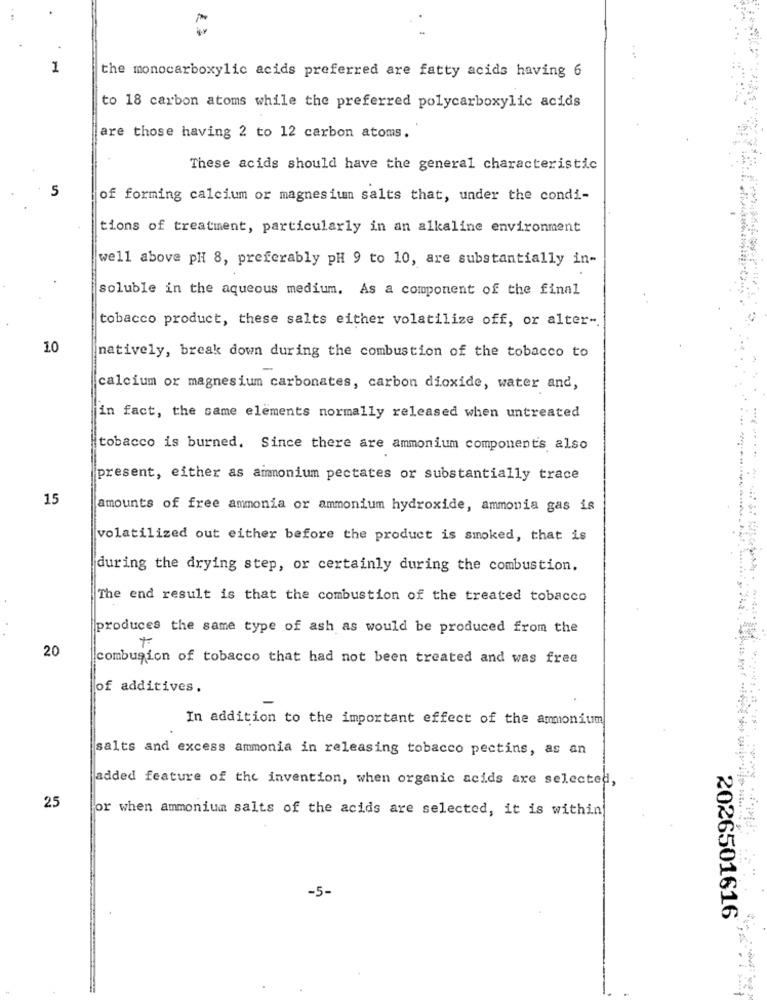
1
the monocarboxylic acids preferred are fatty acids having 6
to 18 carbon atoms while the preferred polycarboxylic acids
are those having 2 to 12 carbon atoms.
These acids should have the general characteristic
5
of forming calcium or magnesiumn salts that, under the condi-
tions of treatment, particularly in an alkaline environment
well above pH 8, preferably pH 9 to 10, are substantially in-
soluble in the aqueous medium. As a component of the final
tobacco product, these salts either volatilize off, or alter -.
10
natively, break down during the combustion of the tobacco to
calcium or magnesium carbonates, carbon dioxide, water and,
in fact, the same elements normally released when untreated
tobacco is burned. Since there are ammonium components also
present, either as ammonium pectates or substantially trace
15
amounts of free ammonia or ammonium hydroxide, ammonia gas is
volatilized out either before the product is smoked, that is
during the drying step, or certainly during the combustion.
The end result is that the combustion of the treated tobacco
produces the same type of ash as would be produced from the
20
combusion of tobacco that had not been treated and was free
of additives.
In addition to the important effect of the ammonium
salts and excess ammonia in releasing tobacco pectins, as an
added feature of the invention, when organic acids are selected,
Plates
25
for when ammonium salts of the acids are selected, it is within
-5-
2026501616